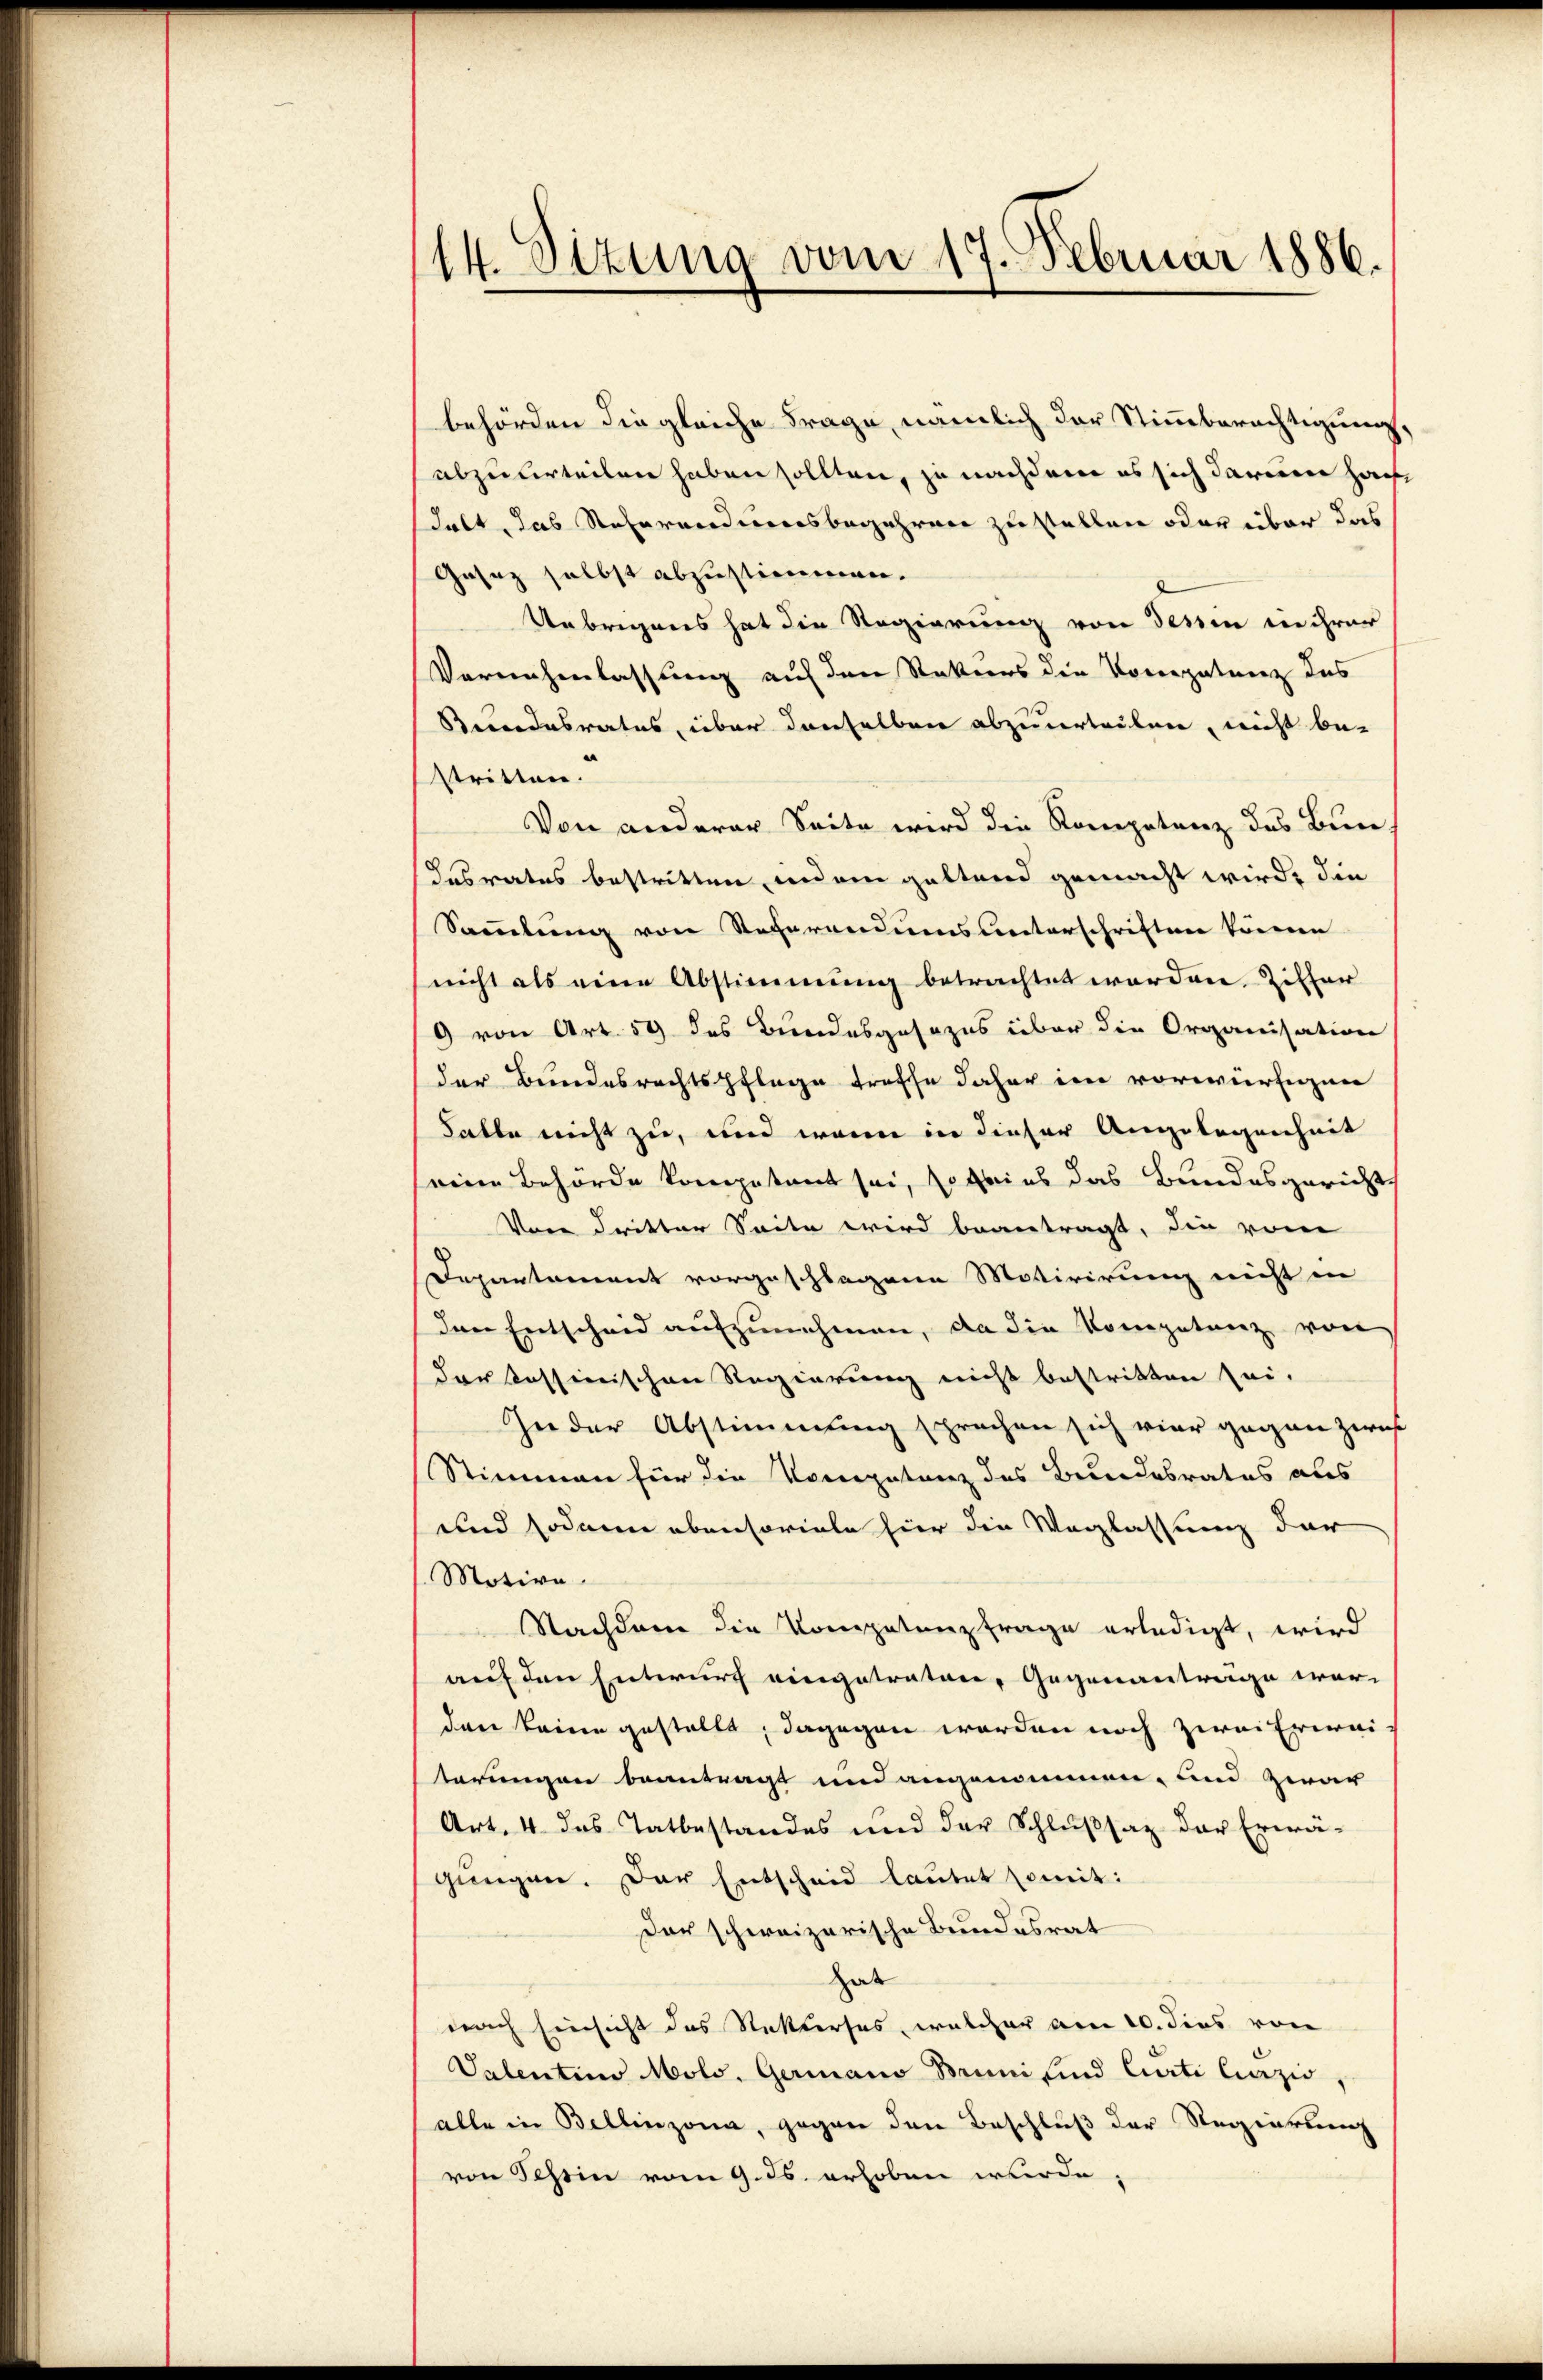
(14. Ottung vom 17. Februar 1886.

behörden die gleiche Frage, nämlich der Stimmberechtigung,
abzuurteilen haben sollten, je nachdem es sich darum haft
Falt das Referandumsbegehren zu stellen oder über das
Gesez selbst abzustimmen.
Uebrigens hat die Regierung von dessen in ihrer
Vornehmlassung auf den Rekurs die Vororpatung des
Beendesrates, über denselben abzuurteilen, nicht be-
stritten.
Von anderer Seite wird die Kompetenz des Bun
Dasrates bestritten indein geltend gemacht wird, die
Sammlung von Referandums unterschriften können
nicht als eine Abstimmung betrachtet worden. Ziffer
9 von Art. 59 des Bundesgesezes über die Organisation
der Bundesrechtspflege treffe daher im vorwürfigen
Satte nicht zu, und wenn in dieser Angelegenheit
eine Behörde kompetent sei, so beins das Bundesgerichts
Vor dritter Seite wird beantragt, die vom
Departement vorgeschlagene Motivirung nicht in
den Entscheid aufzunehmen, da die Kompetenz von
dar tessinischen Regierung nicht bestritten sei.
In der Abstimmung sprechen sich vier gegen Zwis
Stimmen für die Kompetenz des Bundesrates als
und sodann ebensoviele hier die Weglassung der
Motive.
Nachdem die Kompetenzfrage erledigt, wird
auf den Entwurf eingetraten, Gegenantrage war
den keine gestellt, dagegen worden noch zwei Erwei-
terungen beantragt und angenommen, und zwar
Art. 4 das Tatbestandes und der Schlußsatz der Erwägungen. Der Entscheid lautet somit:
der schweizerische Bundesrat
hat
nach Einsicht des Rekterses, welcher am 10. dies von
Valentino Molo, Germano Bruni sind Curti Lazić,
alle in Bellinzona, gegen den Beschluß der Regierung
von Tessin vom 9. ds. erhoben wurde,